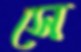
সে